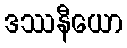
ဒဿနီယော